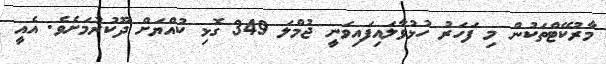
މާރުކޭޓްތަކުން މި ފަހަރު ހުޅުވާލައިފައިވަނީ ޖުމްލަ 349 ގޮޅި ކުއްޔަށް ދޫކުރުމަށެވެ. އެއީ